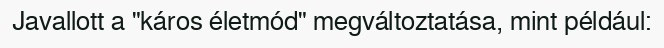
Javallott a "káros életmód" megváltoztatása, mint például: